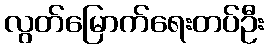
လွတ်မြောက်ရေးတပ်ဦး